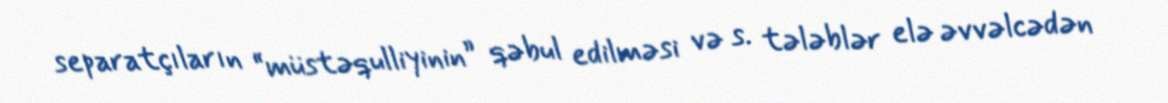
separatçıların “müstəqulliyinin” qəbul edilməsi və s. tələblər elə əvvəlcədən